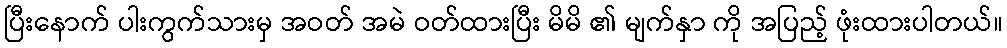
ပြီးနောက် ပါးကွက်သားမှ အဝတ် အမဲ ဝတ်ထားပြီး မိမိ ၏ မျက်နှာ ကို အပြည့် ဖုံးထားပါတယ်။